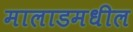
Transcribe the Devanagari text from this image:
मालाडमधील